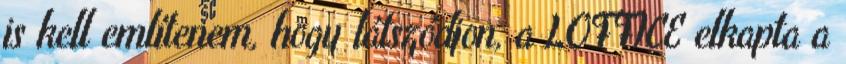
is kell említenem, hogy látszódjon, a LOFFICE elkapta a